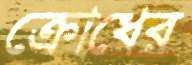
ক্রোধের